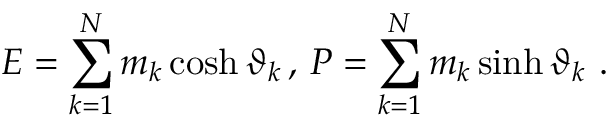
E = \sum _ { k = 1 } ^ { N } m _ { k } \cosh \vartheta _ { k } \, , \, P = \sum _ { k = 1 } ^ { N } m _ { k } \sinh \vartheta _ { k } \, \, .